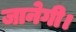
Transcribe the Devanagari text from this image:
जानेगी।